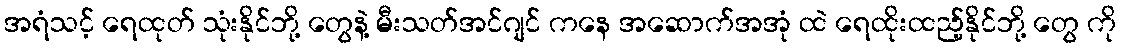
အရံသင့် ရေထုတ် သုံးနိုင်ဘို့ တွေနဲ့ မီးသတ်အင်ဂျင် ကနေ အဆောက်အအုံ ထဲ ရေထိုးထည့်နိုင်ဘို့ တွေ ကို